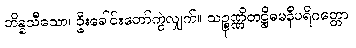
ဘိန္နသီသော၊ ဦးခေါင်းတော်ကွဲလျှက်။ သဉ္စုဏ္ဏိတဋ္ဌိဓမနီပရိဂတ္တော၊